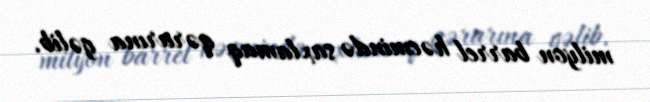
milyon barrel həcmində saxlamaq qərarına gəlib.